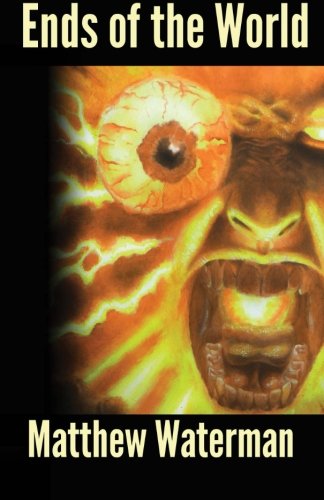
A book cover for Ends of the World; Matthew Waterman; Science Fiction & Fantasy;